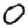
Digit: 0